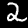
Label: 2